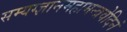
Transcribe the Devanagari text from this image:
सम्यग्ज्ञानमहामन्त्रवेदिनं